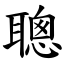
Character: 聰